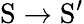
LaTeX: \mathrm{S}\rightarrow\mathrm{S}^{\prime}